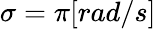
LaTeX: \sigma=\pi[rad/s]